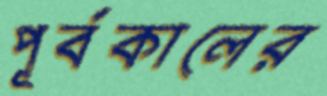
পূর্বকালের